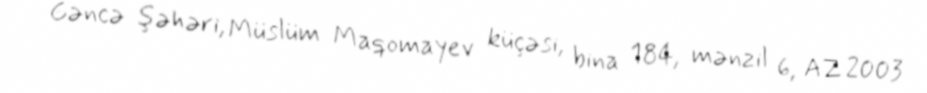
Gəncə şəhəri, Müslüm Maqomayev küçəsi, bina 184, mənzil 6, AZ 2003